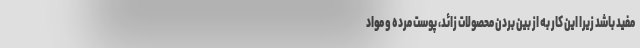
مفید باشد زیرا این کار به از بین بردن محصولات زائد، پوست مرده و مواد